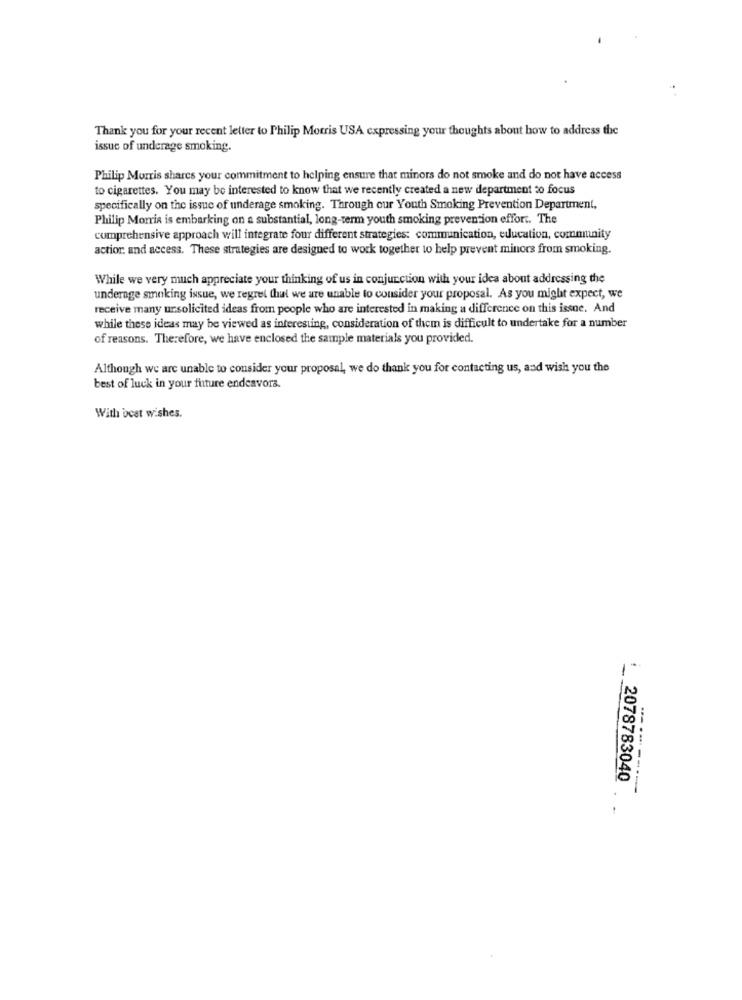
Thank you for your recent letter to Philip Morris USA expressing your thoughts about how to address the
issue of underage smoking.
Philip Morris shares your commitment to helping ensure that minors do not smoke and do not have access
to cigarettes. You may be interested to know that we recently created a new department to focus
specifically on the issue of underage smoking. Through our Youth Smoking Prevention Department,
Philip Morris is embarking on a substantial, long-term youth smoking prevention effort. The
comprehensive approach will integrate four different strategies: communication, education, community
action: and access. These strategies are designed to work together to help prevent minors from smoking.
While we very much appreciate your thinking of us in conjunction with your idea about addressing the
underage smoking issue, we regret that we are unable to consider your proposal. As you might expect, we
receive many unsolicited ideas from people who are interested in making a difference on this issue. And
while these ideas may be viewed as interesting, consideration of them is difficult to undertake for a number
of reasons. Therefore, we have enclosed the sample materials you provided.
Although we are unable to consider your proposal, we do thank you for contacting us, and wish you the
best of luck in your future endeavors.
With best wishes.
1º
2078783040
---------